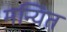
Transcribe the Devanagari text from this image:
मन्यित